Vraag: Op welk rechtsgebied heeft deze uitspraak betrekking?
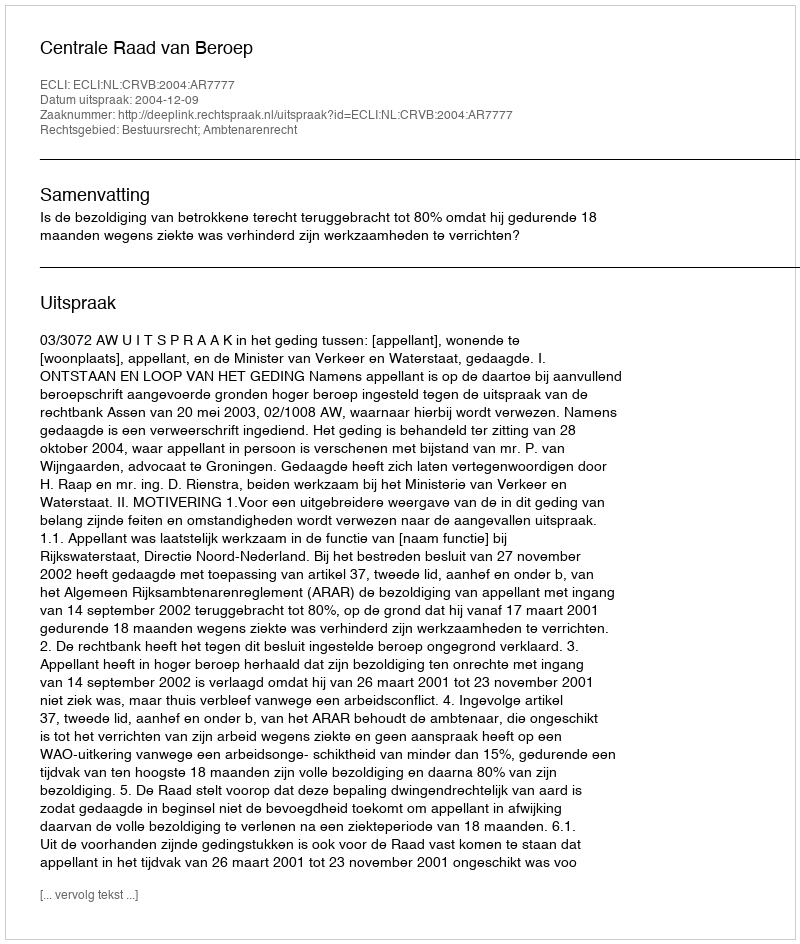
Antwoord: Bestuursrecht; Ambtenarenrecht